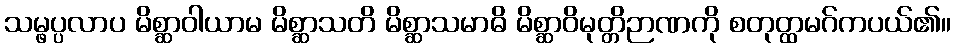
သမ္ဖပ္ပလာပ မိစ္ဆာဝါယာမ မိစ္ဆာသတိ မိစ္ဆာသမာဓိ မိစ္ဆာဝိမုတ္တိဉာဏကို စတုတ္ထမဂ်ကပယ်၏။